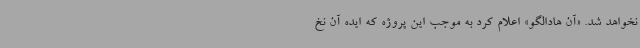
نخواهد شد. «آن هادالگو» اعلام کرد به موجب این پروژه که ایده آن نخ